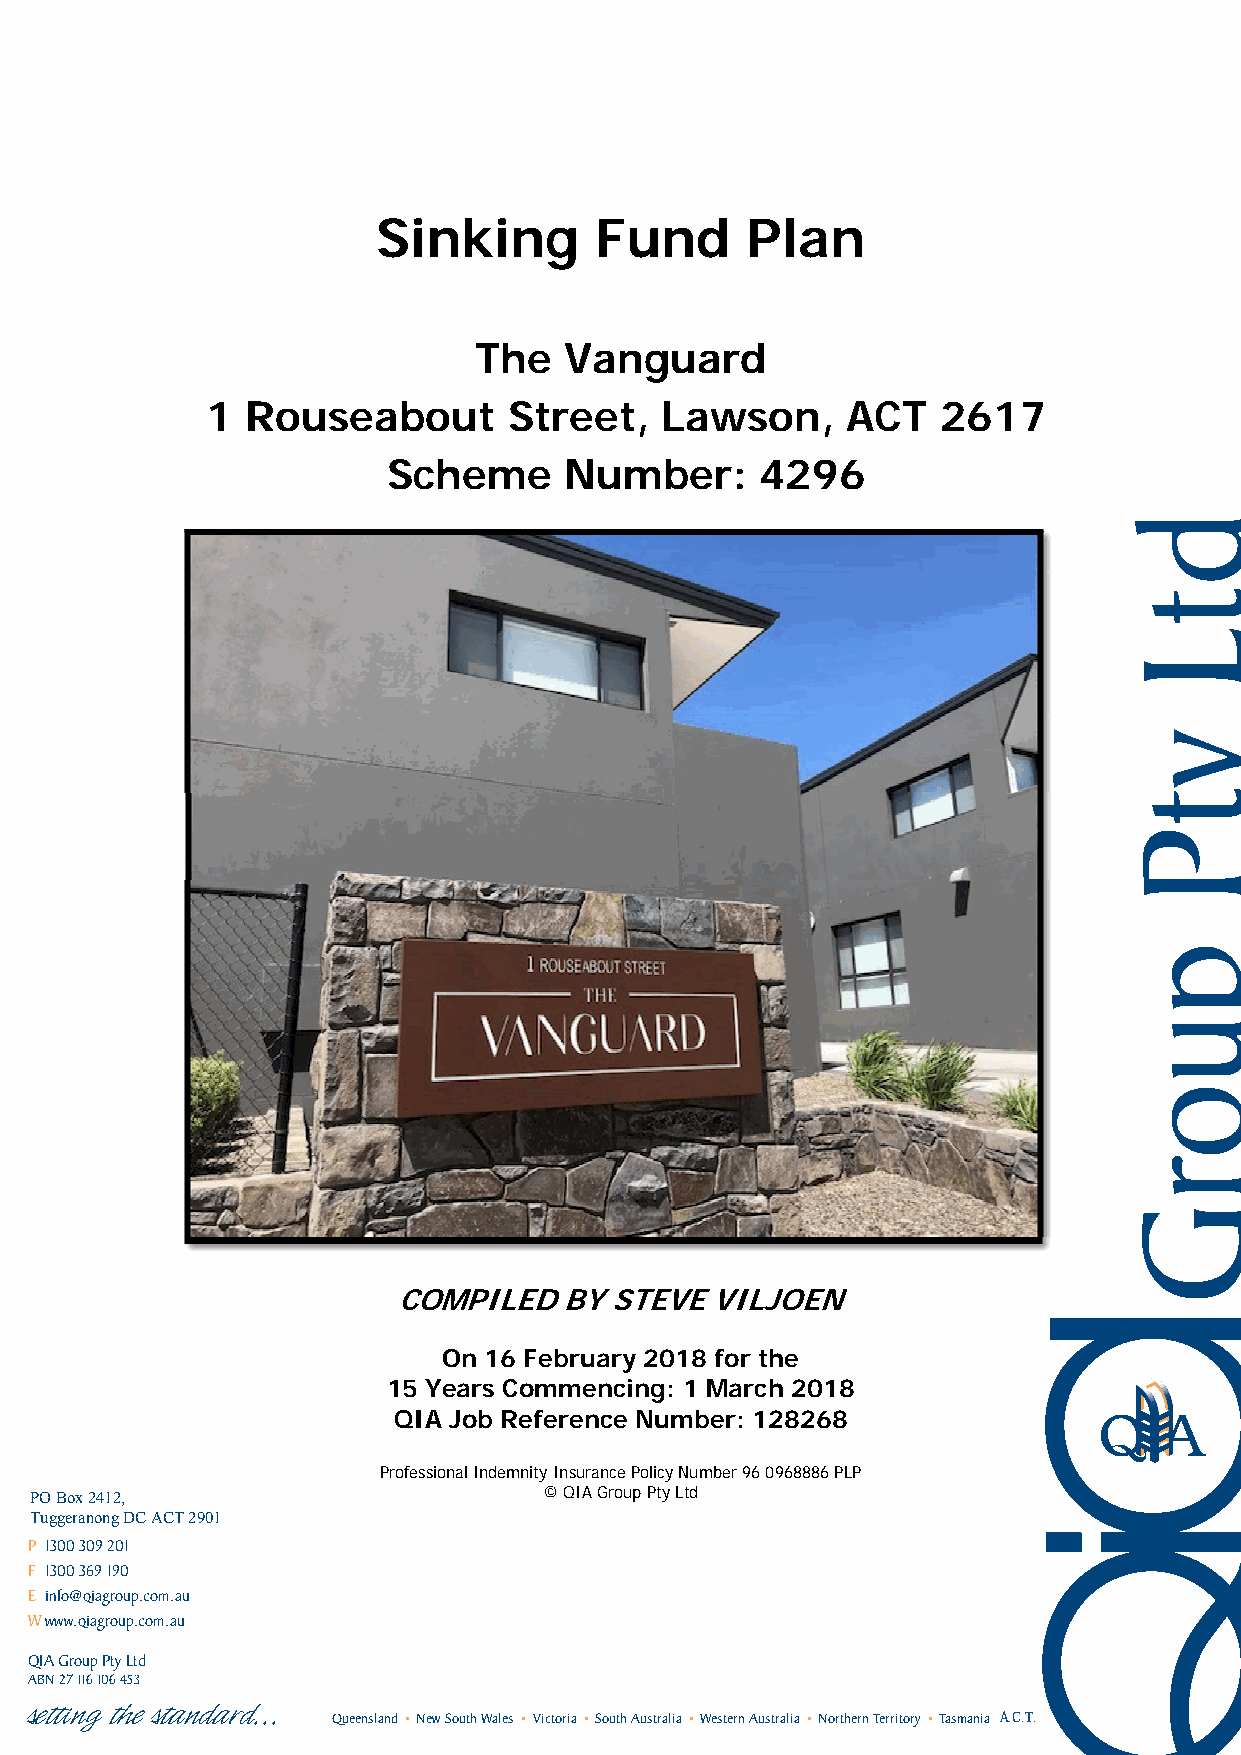
Sinking       Fund      Plan
 The   Vanguard
 1 Rouseabout        Street,   Lawson,     ACT   2617
 Scheme     Number:      4296
 COMPILED   BY STEVE  VILJOEN
 On 16 February 2018 for the
 15 Years Commencing: 1 March 2018
 QIA Job Reference Number: 128268
 Professional Indemnity Insurance Policy Number 96 0968886 PLP
 P PO O B Bo ox x 9 27 40 1, 2,    © QIA Group Pty Ltd
 Ingleburn NSW 1890
 Tuggeranong DC ACT 2901
 P 1300 309 201
 F 1300 369 190
 E info@qiagroup.com.au
 W www.qiagroup.com.au
 QIA Group Pty Ltd
 ABN 27 116 106 453
 Queensland New South Wales Victoria South Australia Western Australia Northern Territory Tasmania A.C.T.
 setting the standard...
 dtL
 ytP
 puorG